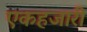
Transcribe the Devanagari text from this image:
एकहजारी